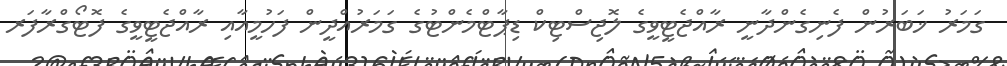
ގަމަރު ޚަބަރުން ފެނިގެންދާނީ ރާއްޖެޓީވީގެ ލޮޖިސްޓިކް ޑިޕާޓްމެންޓުގެ ގަމަރުއްދީން ފަހުމީއާއި ރާއްޖެޓީވީގެ ފޮޓޯގްރާފަރ